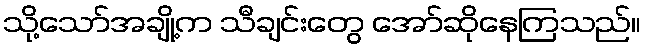
သို့သော်အချို့က သီချင်းတွေ အော်ဆိုနေကြသည်။